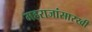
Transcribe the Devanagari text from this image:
महराजांसारखी